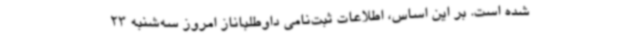
شده است. بر این اساس، اطلاعات ثبت‌نامی داوطلباناز امروز سه‌شنبه 23